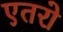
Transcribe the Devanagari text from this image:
एतरो